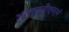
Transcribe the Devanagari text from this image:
अतर्क्यैश्वर्ये